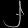
Digit: ၂